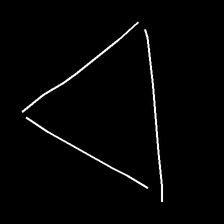
Glyph: convergence